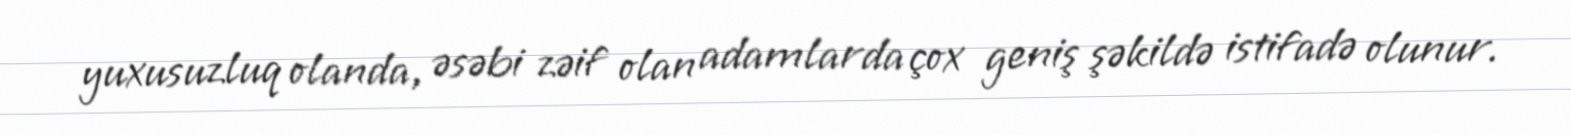
yuxusuzluq olanda, əsəbi zəif olan adamlarda çox geniş şəkildə istifadə olunur.